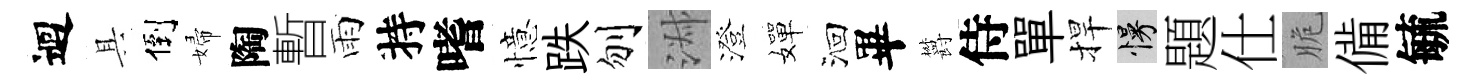
迴具倒婦陶暫雨持嗜憶跌刎淑澄嬋洄畢欝侍單捍慢題仕脆備毓